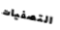
التصفيات